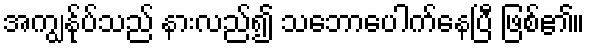
အကျွန်ုပ်သည် နားလည်၍ သဘောပေါက်နေပြီ ဖြစ်၏။